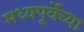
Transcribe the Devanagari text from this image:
मध्यपूर्वेच्या